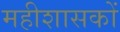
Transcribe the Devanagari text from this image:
महीशासकों